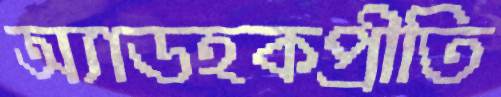
অ্যাডহকপ্রীতি